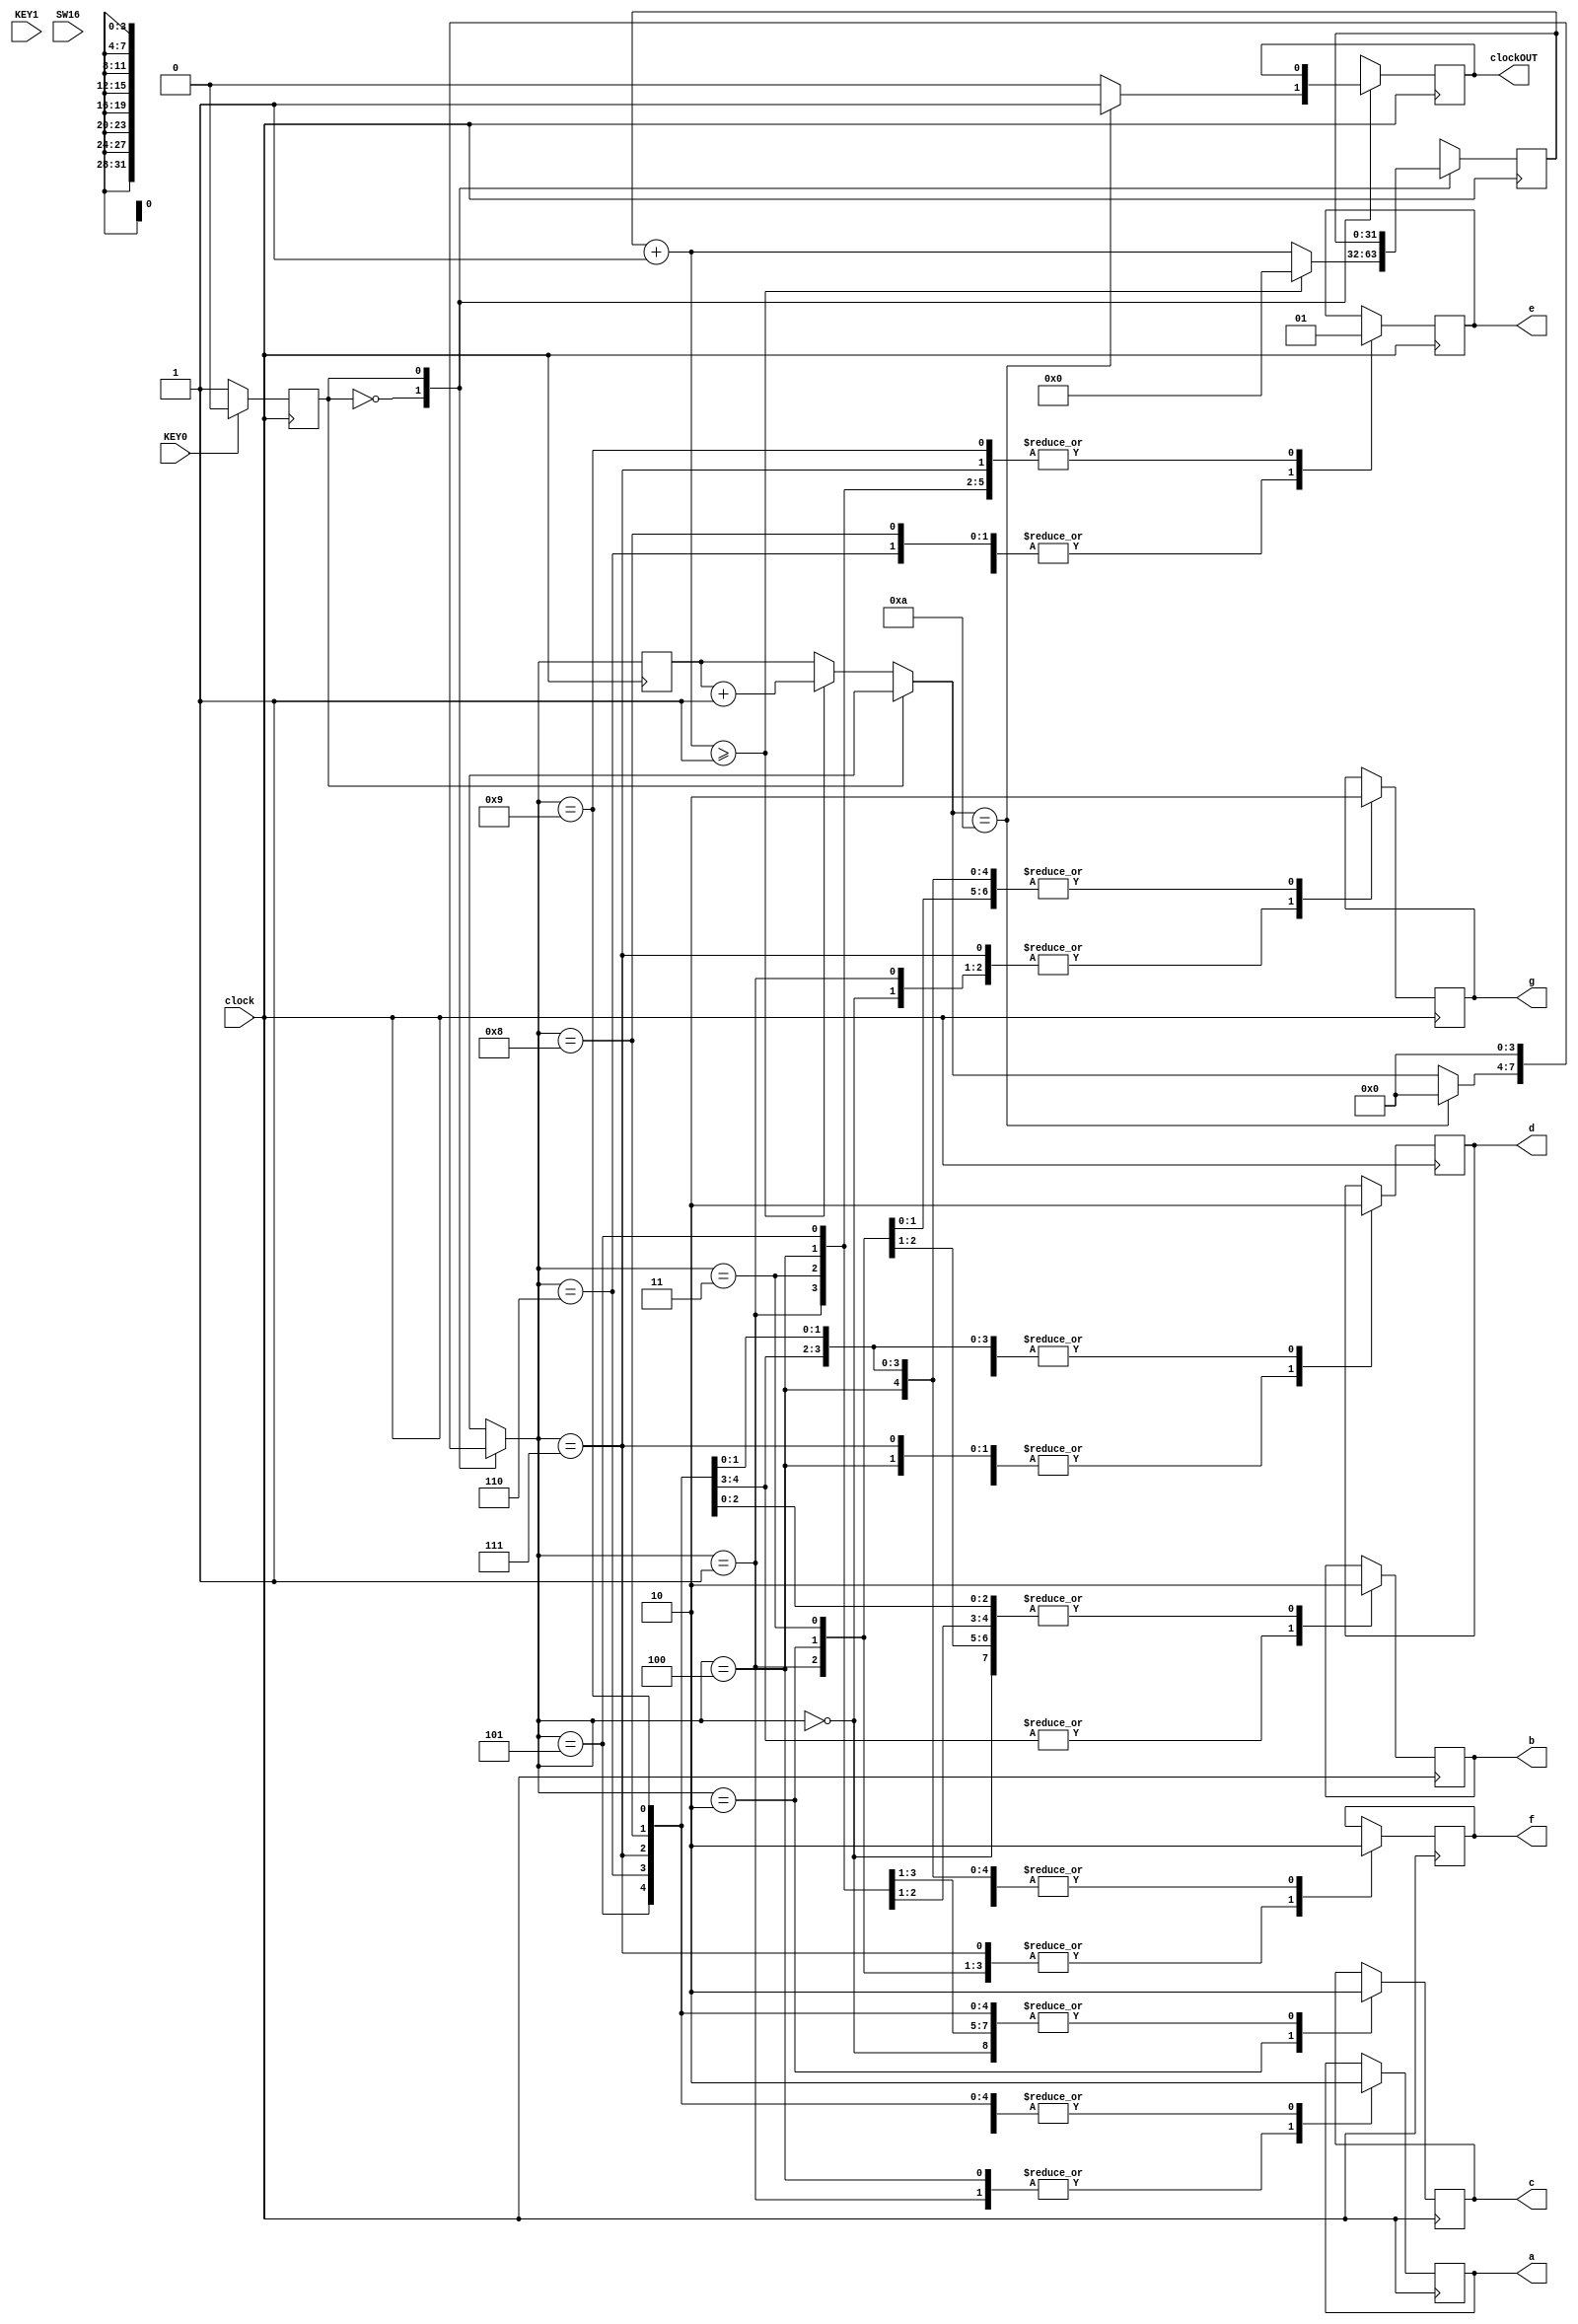
module segundos0C(clock, KEY0, KEY1, clockOUT, SW16, a, b, c, d, e, f, g);

input KEY0, KEY1, clock, SW16;
output reg clockOUT, a, b, c, d, e, f, g;
reg estado, stop, jafoi;
reg [31:0]count;
reg [3:0]segundo;
//KEY 1 PAUSA
//KEY 0 RESETA
initial count = 0;
initial clockOUT = 0;
initial jafoi = 1;
always @(posedge clock) begin	
	if(KEY0 == 1)
		estado = 0;
	else if(KEY0 == 0)
		estado = 1;	
end

always @(posedge clock ) begin
	case(estado)
		0 : begin
				count = count + 1;
				if(count >= 1)begin
					segundo = segundo + 1; 
					count = 0;
					end
				if(segundo == 10)begin
					clockOUT = 1;
					segundo = 0;
					end
				else
					clockOUT = 0;
			end			
		1 : begin
				segundo = 0;
			end
				
	endcase
	
	case(segundo)
		0 : begin a <= 0 ; b <= 0 ; c <= 0 ; d <= 0 ; e <= 0 ; f <= 0 ; g <= 1 ;end
		1 : begin a <= 1 ; b <= 0 ; c <= 0 ; d <= 1 ; e <= 1 ; f <= 1 ; g <= 1 ;end
		2 : begin a <= 0 ; b <= 0 ; c <= 1 ; d <= 0 ; e <= 0 ; f <= 1 ; g <= 0 ;end
		3 : begin a <= 0 ; b <= 0 ; c <= 0 ; d <= 0 ; e <= 1 ; f <= 1 ; g <= 0 ;end
		4 : begin a <= 1 ; b <= 0 ; c <= 0 ; d <= 1 ; e <= 1 ; f <= 0 ; g <= 0 ;end
		5 : begin a <= 0 ; b <= 1 ; c <= 0 ; d <= 0 ; e <= 1 ; f <= 0 ; g <= 0 ;end
		6 : begin a <= 0 ; b <= 1 ; c <= 0 ; d <= 0 ; e <= 0 ; f <= 0 ; g <= 0 ;end
		7 : begin a <= 0 ; b <= 0 ; c <= 0 ; d <= 1 ; e <= 1 ; f <= 1 ; g <= 1 ;end
		8 : begin a <= 0 ; b <= 0 ; c <= 0 ; d <= 0 ; e <= 0 ; f <= 0 ; g <= 0 ;end
		9 : begin a <= 0 ; b <= 0 ; c <= 0 ; d <= 0 ; e <= 1 ; f <= 0 ; g <= 0 ;end
	endcase
	
end
endmodule